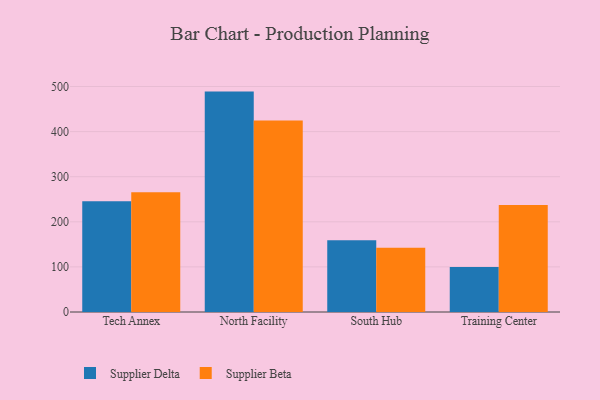
{"axis": {"x": "Campus", "y": "Shipments"}, "legend": ["Supplier Beta", "Supplier Delta"], "data": [{"x": "Tech Annex", "y": 245.6, "type": "Supplier Delta"}, {"x": "Tech Annex", "y": 265.6, "type": "Supplier Beta"}, {"x": "North Facility", "y": 488.7, "type": "Supplier Delta"}, {"x": "North Facility", "y": 424.5, "type": "Supplier Beta"}, {"x": "South Hub", "y": 159.1, "type": "Supplier Delta"}, {"x": "South Hub", "y": 142.3, "type": "Supplier Beta"}, {"x": "Training Center", "y": 99.6, "type": "Supplier Delta"}, {"x": "Training Center", "y": 237.1, "type": "Supplier Beta"}]}